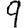
Digit: 9